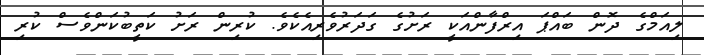
ލިއަމްގެ ދޮން ބައްޕަ އިރްފާންއަކީ ރަށުގެ ގަދަރުވެރިއެކެވެ. ކުރިން ރަށު ކަތީބުކަންވެސް ކުރި